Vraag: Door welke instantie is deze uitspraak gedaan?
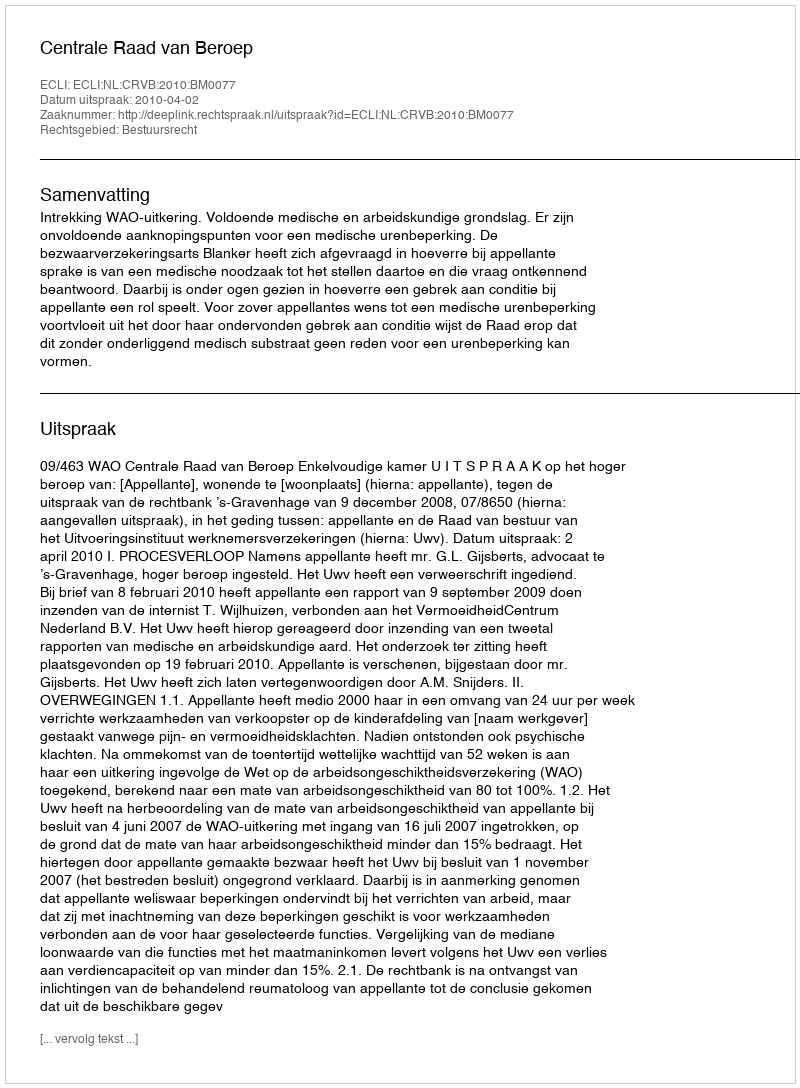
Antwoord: Centrale Raad van Beroep